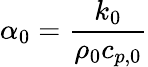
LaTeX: \alpha_{0}=\frac{k_{0}}{\rho_{0}c_{p,0}}